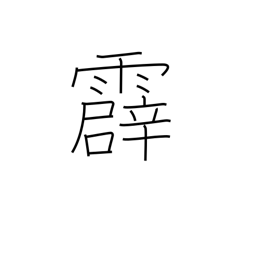
Meaning: thunder